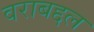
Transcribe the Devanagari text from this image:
वराबद्दल